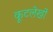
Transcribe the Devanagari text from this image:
कूटलेखों